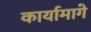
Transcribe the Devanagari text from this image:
कार्यामागे